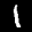
Label: 1